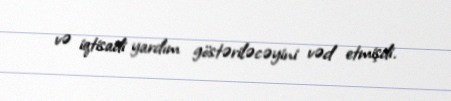
və iqtisadi yardım göstəriləcəyini vəd etmişdi.